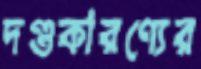
দণ্ডকারণ্যের